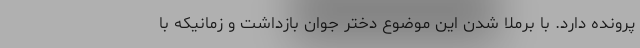
پرونده دارد. با برملا شدن این موضوع دختر جوان بازداشت و زمانیکه با